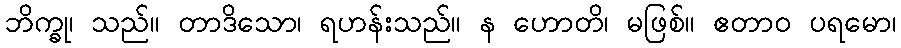
ဘိက္ခု၊ သည်။ တာဒိသော၊ ရဟန်းသည်။ န ဟောတိ၊ မဖြစ်။ ဧတာဝ ပရမော၊